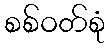
စစ်ဝတ်စုံ